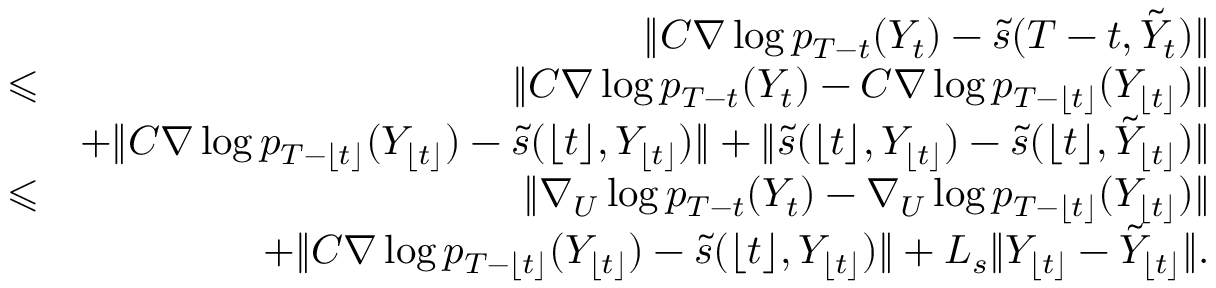
\begin{array} { r l r } & { } & { \| C \nabla \log p _ { T - t } ( Y _ { t } ) - \tilde { s } ( T - t , \tilde { Y } _ { t } ) \| } \\ & { \leqslant } & { \| C \nabla \log p _ { T - t } ( Y _ { t } ) - C \nabla \log p _ { T - \lfloor t \rfloor } ( Y _ { \lfloor t \rfloor } ) \| } \\ & { } & { + \| C \nabla \log p _ { T - \lfloor t \rfloor } ( Y _ { \lfloor t \rfloor } ) - \tilde { s } ( \lfloor t \rfloor , Y _ { \lfloor t \rfloor } ) \| + \| \tilde { s } ( \lfloor t \rfloor , Y _ { \lfloor t \rfloor } ) - \tilde { s } ( \lfloor t \rfloor , \tilde { Y } _ { \lfloor t \rfloor } ) \| } \\ & { \leqslant } & { \| \nabla _ { U } \log p _ { T - t } ( Y _ { t } ) - \nabla _ { U } \log p _ { T - \lfloor t \rfloor } ( Y _ { \lfloor t \rfloor } ) \| } \\ & { } & { + \| C \nabla \log p _ { T - \lfloor t \rfloor } ( Y _ { \lfloor t \rfloor } ) - \tilde { s } ( \lfloor t \rfloor , Y _ { \lfloor t \rfloor } ) \| + L _ { s } \| Y _ { \lfloor t \rfloor } - \tilde { Y } _ { \lfloor t \rfloor } \| . } \end{array}